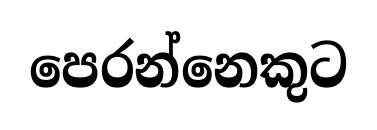
පෙරන්නෙකුට